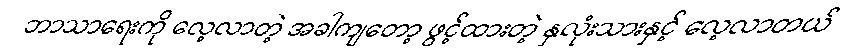
ဘာသာရေးကို လေ့လာတဲ့ အခါကျတော့ ဖွင့်ထားတဲ့ နှလုံးသားနှင့် လေ့လာတယ်